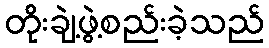
တိုးချဲ့ဖွဲ့စည်းခဲ့သည်